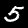
Digit: 5